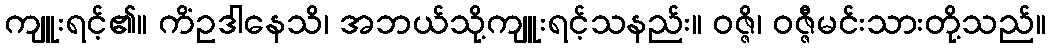
ကျူးရင့်၏။ ကိံဥဒါနေသိ၊ အဘယ်သို့ကျူးရင့်သနည်း။ ဝဇ္ဇိ၊ ဝဇ္ဇီမင်းသားတို့သည်။